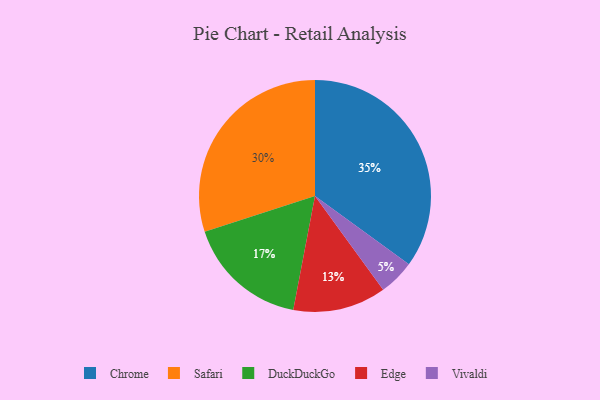
{"axis": {"x": "Category", "y": "Percentage"}, "legend": ["Chrome", "DuckDuckGo", "Edge", "Safari", "Vivaldi"], "data": [{"x": "Chrome", "y": 35, "type": "Chrome"}, {"x": "Edge", "y": 13, "type": "Edge"}, {"x": "Vivaldi", "y": 5, "type": "Vivaldi"}, {"x": "DuckDuckGo", "y": 17, "type": "DuckDuckGo"}, {"x": "Safari", "y": 30, "type": "Safari"}]}